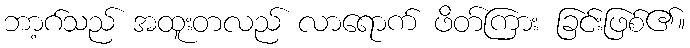
ဘာ့ဂ်သည် အထူးတလည် လာရောက် ဖိတ်ကြား ခြင်းဖြစ်၏။